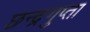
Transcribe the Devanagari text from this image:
छन्द्रगुप्ता